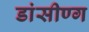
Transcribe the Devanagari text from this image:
डांसीण्ग